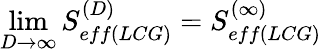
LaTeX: \operatorname*{lim}_{D\rightarrow\infty}S_{eff(LCG)}^{(D)}=S_{eff(LCG)}^{(\infty)}